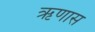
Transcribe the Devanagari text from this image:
ऋणास